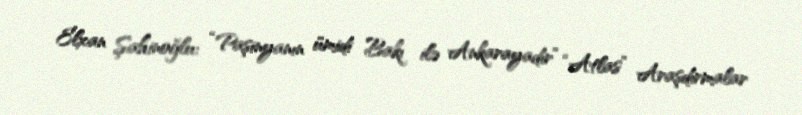
Elxan Şahinoğlu: “Paşinyanın ümidi Bakı ilə Ankarayadır” “Atlas” Araşdırmalar